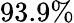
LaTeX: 93.9\%